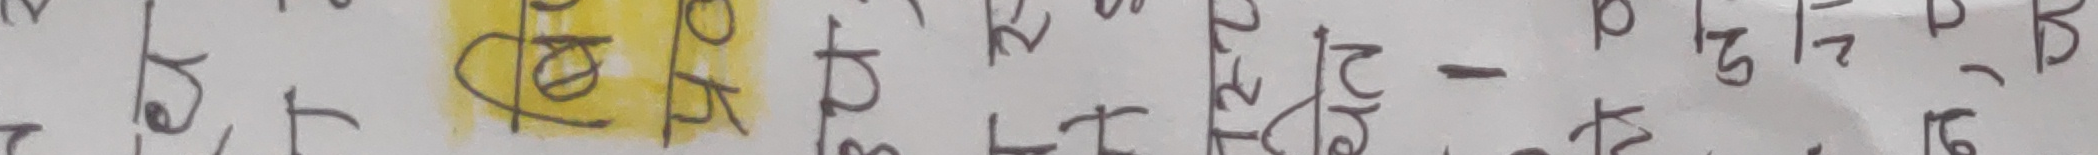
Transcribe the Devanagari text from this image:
फैल